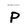
Character: p